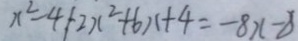
x ^ { 2 } - 4 + 2 x ^ { 2 } + 6 x + 4 = - 8 x - 8